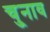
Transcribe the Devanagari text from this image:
चु्नाव